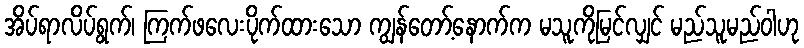
အိပ်ရာလိပ်ရွက်၊ ကြက်ဖလေးပိုက်ထားသော ကျွန်တော့်နောက်က မသူကိုမြင်လျှင် မည်သူမည်ဝါဟု